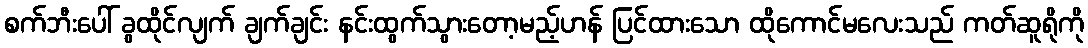
စက်ဘီးပေါ် ခွထိုင်လျက် ချက်ချင်း နင်းထွက်သွားတော့မည့်ဟန် ပြင်ထားသော ထိုကောင်မလေးသည် ကတ်ဆူရိုကို